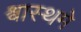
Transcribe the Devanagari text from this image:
श्वास्थमे